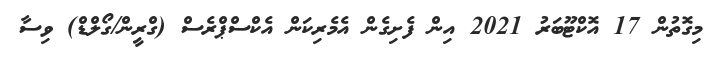
މިގޮތުން 17 އޮކްޓޫބަރު 2021 އިން ފެށިގެން އެމެރިކަން އެކްސްޕްރެސް (ގްރީން/ގޯލްޑް) ވިސާ